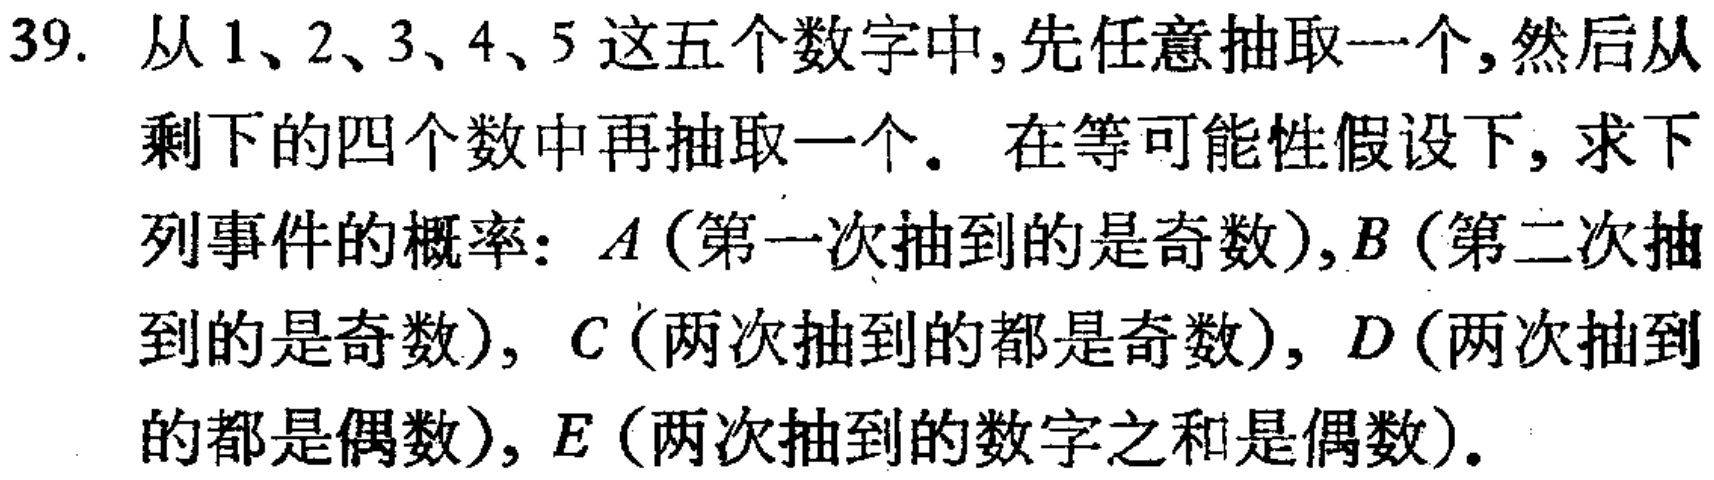
39. 从\(1、2、3、4、5\)这五个数字中,先任意抽取一个,然后从剩下的四个数中再抽取一个。在等可能性假设下, 求下列事件的概率：\(A\) (第一次抽到的是奇数), \(B\) (第二次抽到的是奇数), \(C\) (两次抽到的都是奇数), \(D\) (两次抽到的都是偶数), \(E\) (两次抽到的数字之和是偶数)。